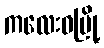
ကလေးဝမြို့